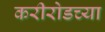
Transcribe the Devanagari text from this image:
करीरोडच्या